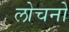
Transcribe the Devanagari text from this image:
लोचनो